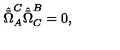
\hat { \bar { \Omega } } _ { A } ^ { C } \hat { \bar { \Omega } } _ { C } ^ { B } = 0 ,